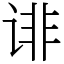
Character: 诽